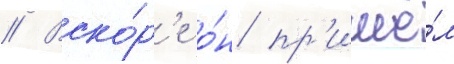
// Вско́р'е о́н пр'ишё́л